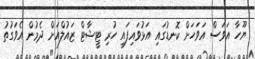
ޔޫހާ އަވަސް އަވަހަށް ކޮނޑުގައި އަޅުވައިފައި ހުރި ޓީޝާޓް ޒައުލްއަށް ދެމުން އެވަގުތު